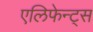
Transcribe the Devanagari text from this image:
एलिफेन्ट्स